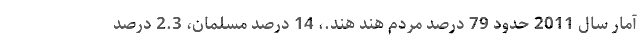
آمار سال 2011 حدود 79 درصد مردم هند هند.، 14 درصد مسلمان، 2.3 درصد